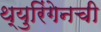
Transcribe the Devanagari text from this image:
थ्युरिंगेनची